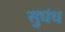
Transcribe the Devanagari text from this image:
सुघंध